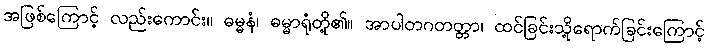
အဖြစ်ကြောင့် လည်းကောင်း။ ဓမ္မနံ၊ ဓမ္မာရုံတို့၏။ အာပါတဂတတ္တာ၊ ထင်ခြင်းသို့ရောက်ခြင်းကြောင့်